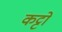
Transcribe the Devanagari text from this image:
कट्टो